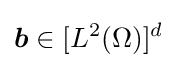
{\boldsymbol {b}}\in [L^{2}(\Omega )]^{d}